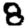
Digit: 8